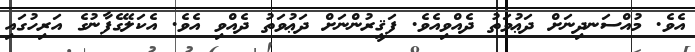
އެވެ. މުއްސަނދިނަށް ދަޢުވަތު ދެއްވިއެވެ. ފަޤީރުންނަށް ދަޢުވަތު ދެއްވި އެވެ. އެކަލޭގެފާނުގެ އަރިހުގައި